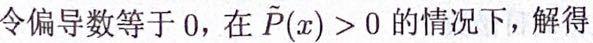
令偏导数等于 0，在 $\tilde{P}(x) > 0$ 的情况下，解得